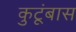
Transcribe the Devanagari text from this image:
कुटूंबास